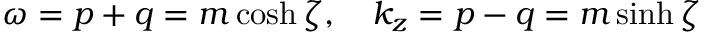
\omega = p + q = m \cosh \zeta , \quad k _ { z } = p - q = m \sinh \zeta